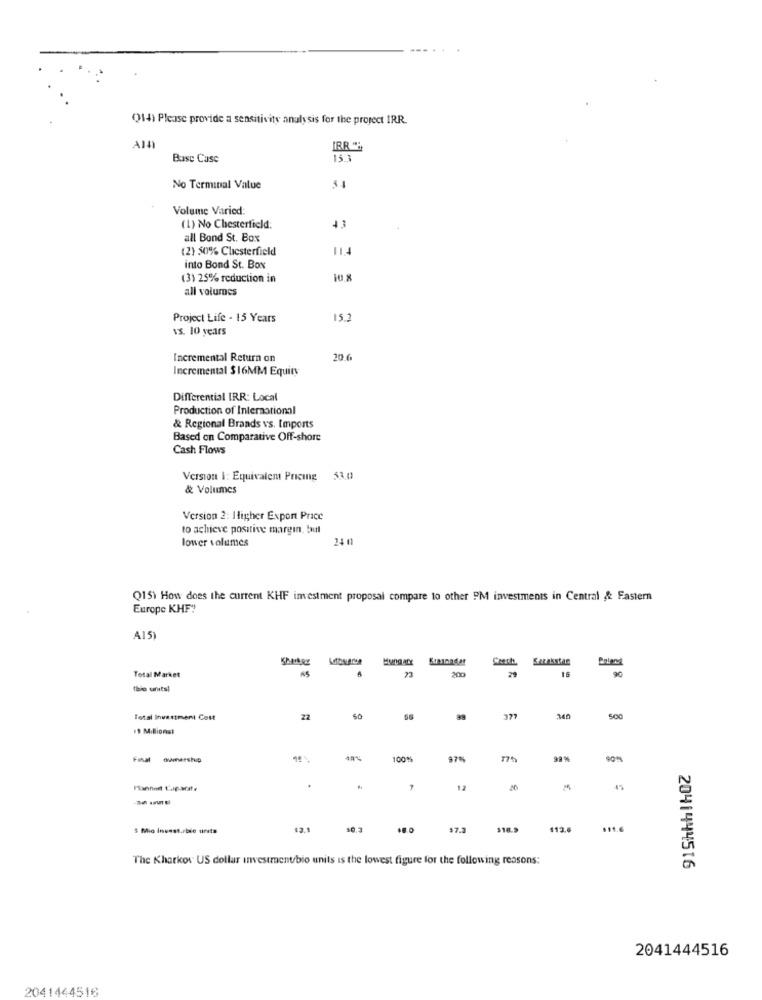
Q14) Please provide a sensitivity analysis for the project IRR.
IRR ":
Buse Case
15.3
No Terminal Value
54
Volume Varied:
(1) No Chesterfield:
43
all Bond St. Box
(2) 50% Chesterfield
into Bond St. Box
(3) 25% reduction in
10 8
all volumes
Project Life - 15 Years
15.2
vs. 10 years
Incremental Return on
206
Incremental $16MM Equity
Differential IRR: Local
Production of International
& Regional Brands vs. Imports
Based on Comparative Off-shore
Cash Flows
Version I: Equivalem Pricing 5
& Volumes
Version 2: Higher Export Price
to achieve positive margin, bul
lower volumes
24 0
Q15) How does the current KHF imestment proposal compare to other PM investments in Central & Fastern
Europe KHF?
A15
23
200
29
90
Total Market
Total Investment Cost
22
500
11 Millionst
100%
97%
7
12
-
45
5 Mio Invest./ble ursts
12.1
17.3
$18.9
$13.6
$11.6
The Kharkov US dollar investment/bio units is the lowest figure for the following reasons:
2041444516
2041444516
2041444516